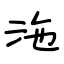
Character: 沲